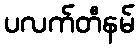
ပလက်တီနမ်